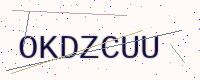
Text: OKDZCUU